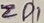
Text: ZD1